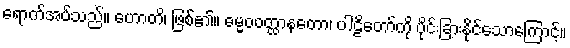
ရောက်အပ်သည်။ ဟောတိ၊ ဖြစ်၏။ ဓမ္မဝဝတ္ထာနတော၊ ပါဠိတော်ကို ပိုင်းခြားနိုင်သောကြောင့်။